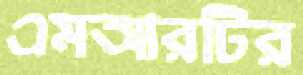
এমআরটির